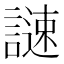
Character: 𧫻